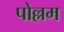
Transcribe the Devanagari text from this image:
पोल्लम